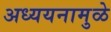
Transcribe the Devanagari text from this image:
अध्ययनामुळे